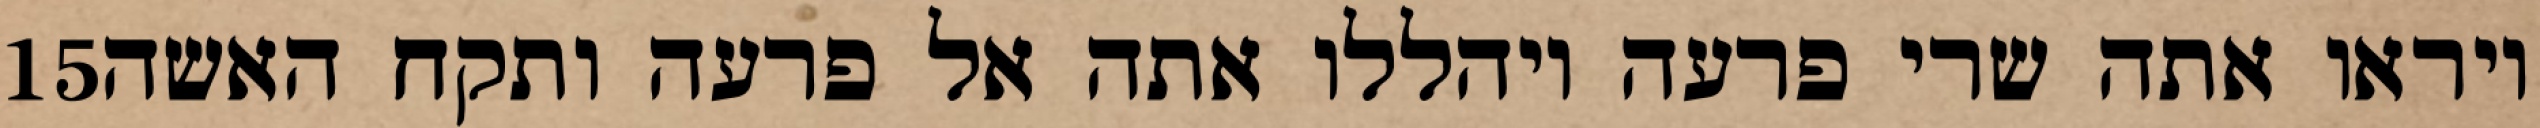
‎15‏ ויראו אתה שרי פרעה ויהללו אתה אל פרעה ותקח האשה